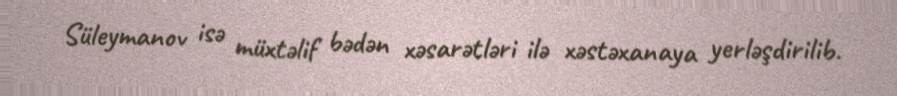
Süleymanov isə müxtəlif bədən xəsarətləri ilə xəstəxanaya yerləşdirilib.